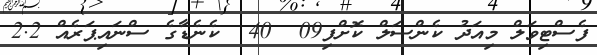
ފެސްޓިވަލް މިއަދު ކެންސަލް ކޮށްފި09  40  ކެނެޑާގެ ސްނައިޕަރެއް 2.2